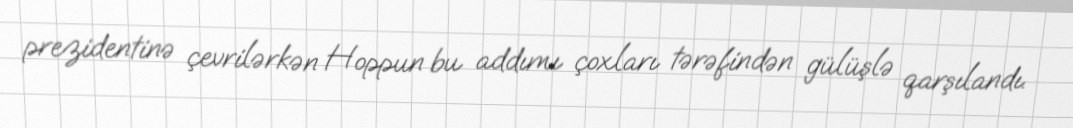
prezidentinə çevrilərkən Hoppun bu addımı çoxları tərəfindən gülüşlə qarşılandı.